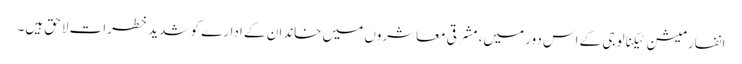
انفارمیشن ٹیکنالوجی کے اس دور میں، مشرقی معاشروں میں خاندان کے ادارے کو شدید خطرات لاحق ہیں۔